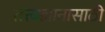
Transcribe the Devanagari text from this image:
तत्त्वज्ञानासाठी